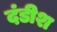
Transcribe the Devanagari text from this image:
दंडीश